Leaving Certificate, 1899
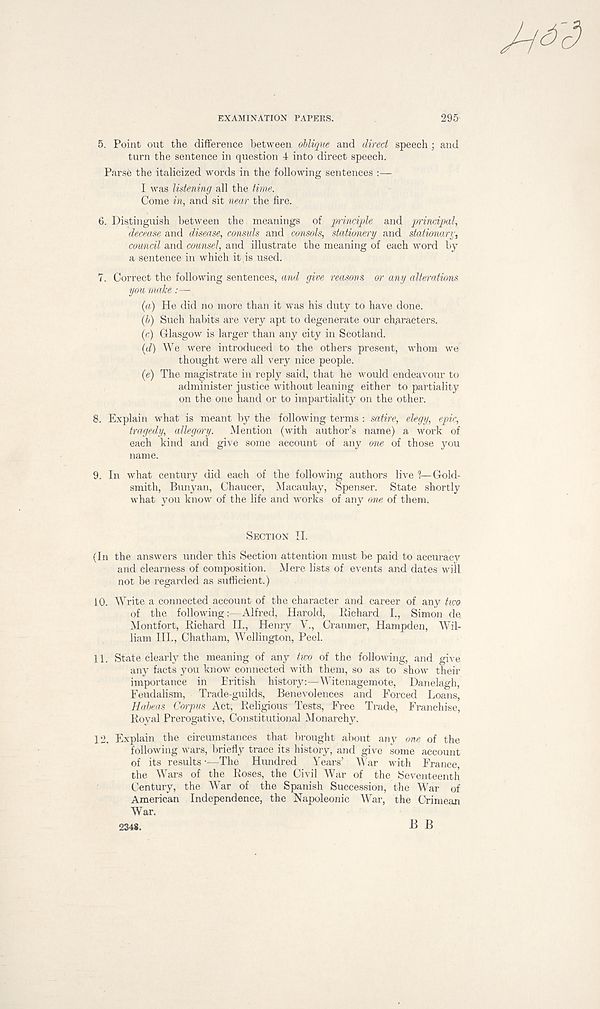
EXAMINATION PAPERS.
295
5. Point out the difference between oblique and direct speech ; and
turn the sentence in question 4 into direct speech.
Parse the italicized words in the following sentences :—
I was listening all the time.
Come in, and sit near the fire.
6. Distinguish between the meanings of pinciple and principal,
decease and disease, consuls and consols, stationery and stationary,
comicil and counsel, and illustrate the meaning of each word by
a sentence in which it is used.
7. Correct the following sentences, and give reasons or any alterations
ym make:—
(a) He did no more than it was his duty to have done.
(b) Such habits are very apt to degenerate our ch,aracters.
(c) Glasgow is larger than any city in Scotland.
(d) We were introduced to the others present, whom we
thought were all very nice people.
(e) The magistrate in reply said, that he would endeavour to
administer justice without leaning either to partiality
on the one hand or to impartiality on the other.
8. Explain what is meant by the following terms : satire, elegy, epic,
tragedy, allegory.
Mention (with author’s name) a work of
each kind and give some account of any one of those you
name.
9. In what century did each of the following authors live 1—Gold-
smith, Bunyan, Chaucer, Macaulay, Spenser. State shortly
what you know of the life and works of any one of them.
SECTION II.
(In the answers under this Section attention must be paid to accuracy
and clearness of composition. Mere lists of events and dates will
not be regarded as sufficient.)
10. Write a connected account of the character and career of any km
of the following:—Alfred, Harold, Richard L, Simon de
Montfort, Richard II., Henry V., Cranmer, Hampden, Wil-
liam HI., Chatham, Wellington, Peel.
11. State clearly the meaning of any two of the following, and give
any facts you know connected with them, so as to show their
importance in British history:—Witenagemote, Danelagh,
Feudalism, Trade-guilds, Benevolences and Forced Loans,
Habeas Corpus Act, Religious Tests, Free Trade, Franchise,
Royal Prerogative, Constitutional Monarchy.
12. Explain the circumstances that brought about any one of the
following wars, briefly trace its history, and give some account
of its results •—The Hundred Years’ War with France,
the Wars of the Roses, the Civil War of the Seventeenth
Century, the War of the Spanish Succession, the Mar of
American Independence, the Napoleonic War, the Crimean
War.
B B
2348.